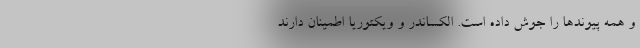
و همه پیوند‌ها را جوش داده است. الکساندر و ویکتوریا اطمینان دارند